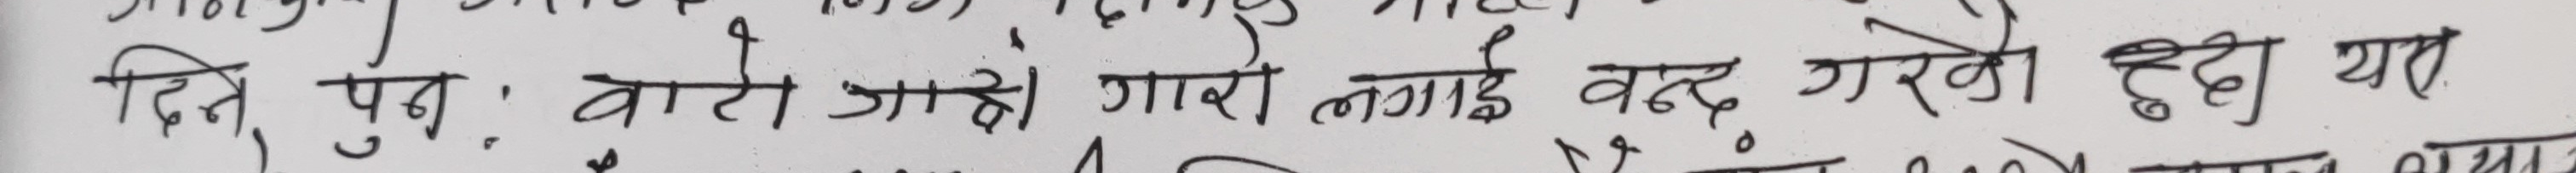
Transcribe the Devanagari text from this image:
दिने पुनः बाटो जाडो, गारो लगाई बन्द गरेको हुदां यहां